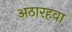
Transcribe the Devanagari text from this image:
अठारहवा